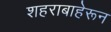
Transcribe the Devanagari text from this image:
शहराबाहेरून